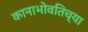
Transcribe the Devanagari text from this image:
कानाभोवतिच्या